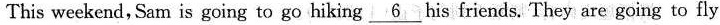
This weekend, Sam is going to go hiking \underline{ 6 } his friends. They are going to fly